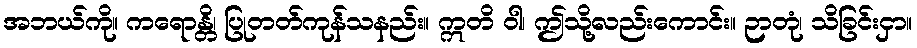
အဘယ်ကို။ ကရောန္တိ၊ ပြုတတ်ကုန်သနည်း။ ဣတိ ဝါ၊ ဤသို့လည်းကောင်း။ ဉာတုံ၊ သိခြင်းငှာ။